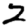
Digit: 2